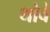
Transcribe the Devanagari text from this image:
थोवे